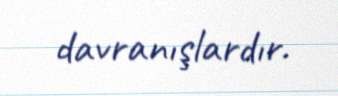
davranışlardır.